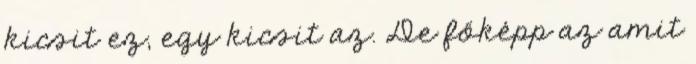
kicsit ez, egy kicsit az. De főképp az amit